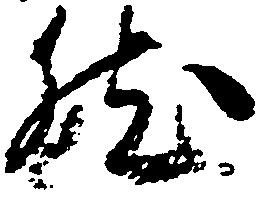
然